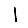
Digit: 1